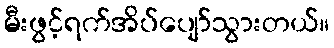
မီးဖွင့်ရက်အိပ်ပျော်သွားတယ်။